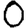
Digit: 0